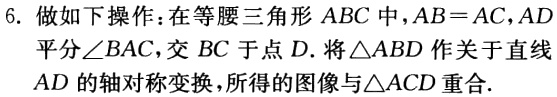
6. 做如下操作：在等腰三角形 \(ABC\) 中，\(AB = AC\)，\(AD\) 平分\(\angle BAC\)，交 \(BC\) 于点 \(D\). 将\(\triangle ABD\) 作关于直线 \(AD\) 的轴对称变换，所得的图像与\(\triangle ACD\) 重合.